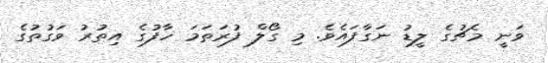
ވަނީ މެޗުގެ ލީޑު ނަގާފައެވެ. މި ގޯލް ފުރަތަމަ ހާފުގެ އިތުރު ވަގުތުގެ